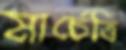
মার্চেত্তি